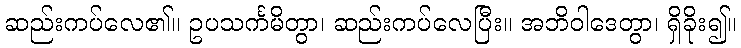
ဆည်းကပ်လေ၏။ ဥပသင်္ကမိတွာ၊ ဆည်းကပ်လေပြီး။ အဘိဝါဒေတွာ၊ ရှိခိုး၍။